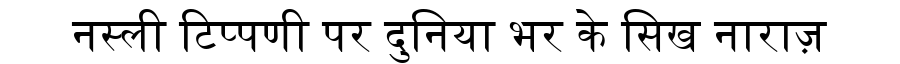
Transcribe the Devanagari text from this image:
नस्ली टिप्पणी पर दुनिया भर के सिख नाराज़